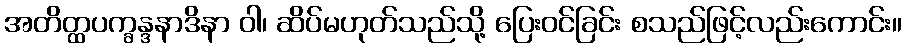
အတိတ္ထပက္ခန္ဒနာဒိနာ ဝါ၊ ဆိပ်မဟုတ်သည်သို့ ပြေးဝင်ခြင်း စသည်ဖြင့်လည်းကောင်း။